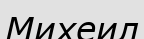
Михеил